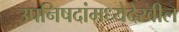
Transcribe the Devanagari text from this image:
उपनिषदांमध्येदेखील